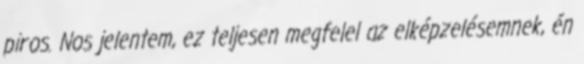
piros. Nos jelentem, ez teljesen megfelel az elképzelésemnek, én